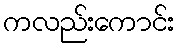
ကလည်းကောင်း